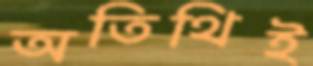
অতিথিই